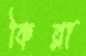
কিরা